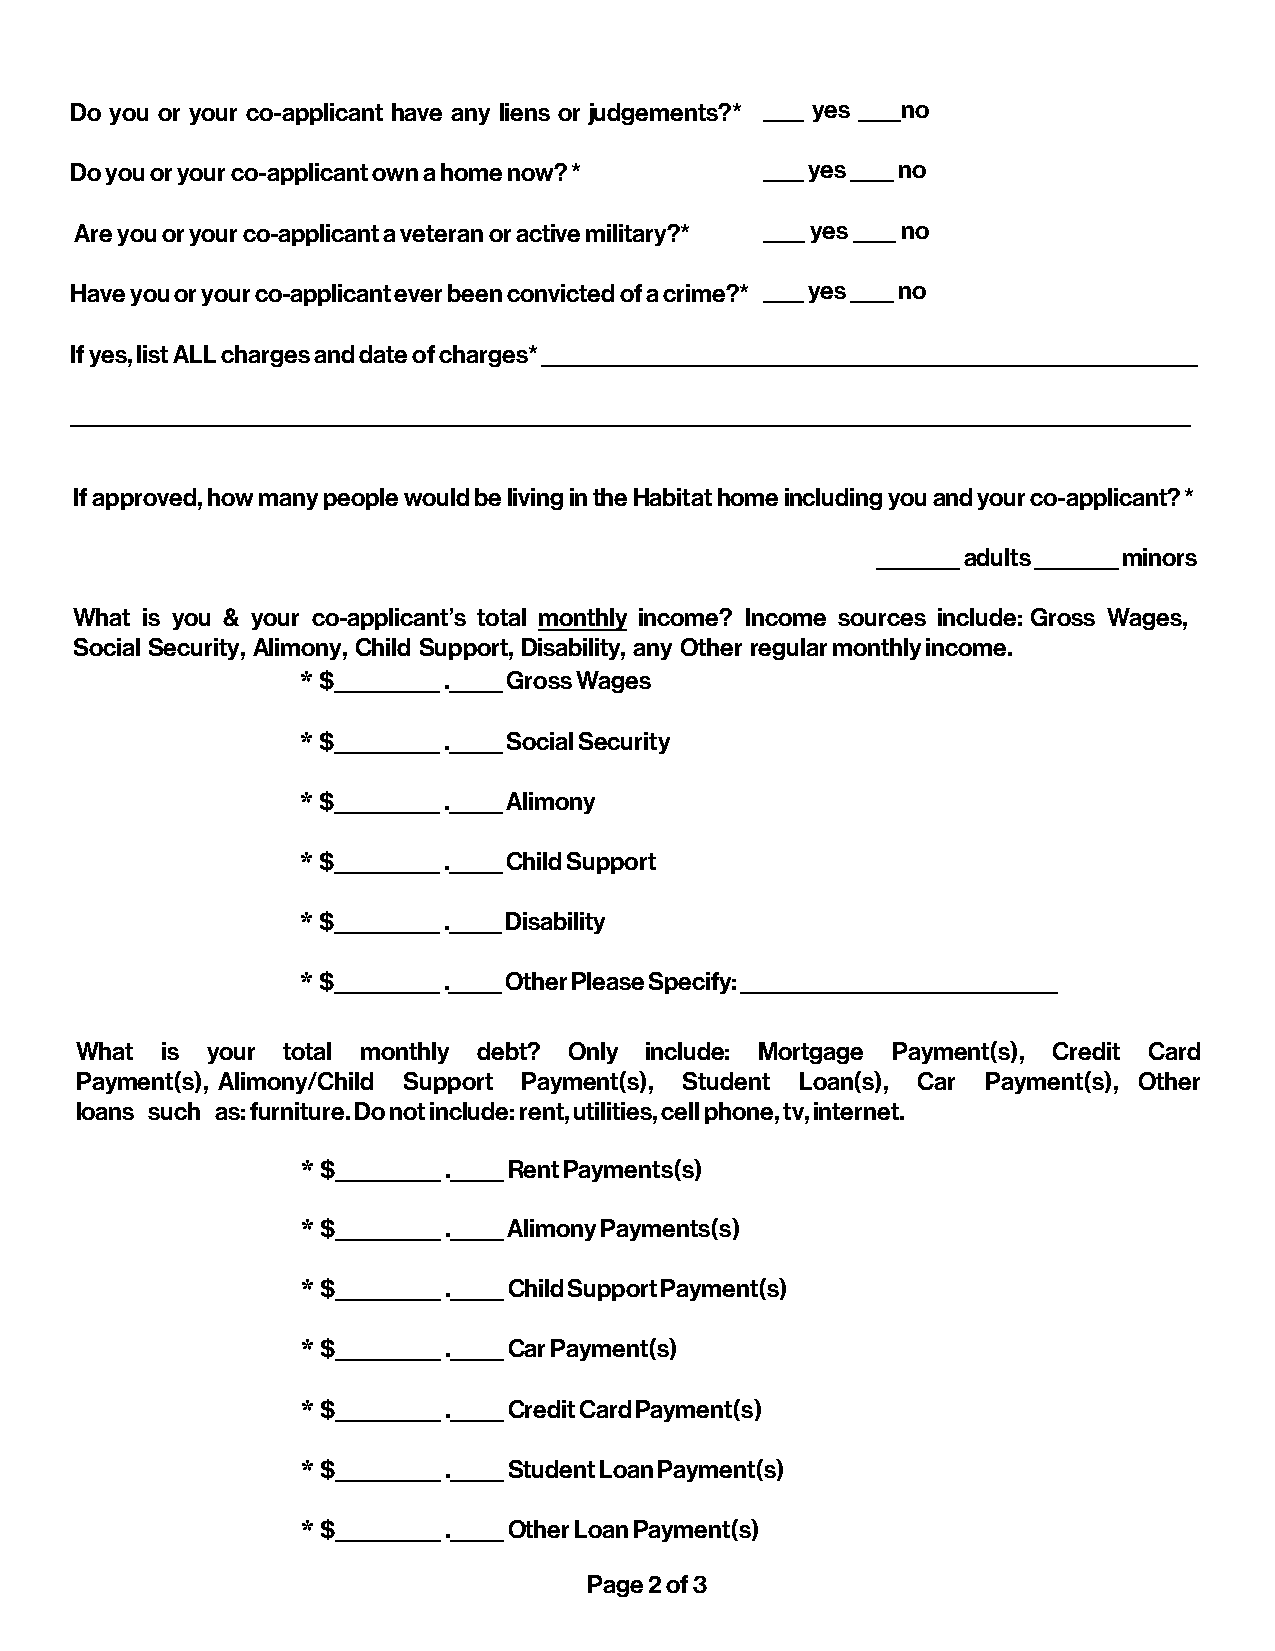
Do you or your co-applicant have any liens or judgements?* ____ yes ____no
 Do you or your co-applicant own a home now? * ____ yes ____ no
 Are you or your co-applicant a veteran or active military?* ____ yes ____ no
 Have you or your co-applicant ever been convicted of a crime?* ____ yes ____ no
 If yes, list ALL charges and date of charges* ______________________________________________________________
 __________________________________________________________________________________________________________
 If approved, how many people would be living in the Habitat home including you and your co-applicant? *
 ________ adults ________ minors
 What is you & your co-applicant’s total monthly income? Income sources include: Gross Wages,
 Social Security, Alimony, Child Support, Disability, any Other regular monthly income.
 * $__________ ._____ Gross Wages
 * $__________ ._____ Social Security
 * $__________ ._____ Alimony
 * $__________ ._____ Child Support
 * $__________ ._____ Disability
 * $__________ ._____ Other Please Specify: ______________________________
 What  is your total monthly debt? Only include: Mortgage Payment(s), Credit Card
 Payment(s), Alimony/Child Support Payment(s), Student Loan(s), Car Payment(s), Other
 loans such as: furniture. Do not include: rent, utilities, cell phone, tv, internet.
 * $__________ ._____ Rent Payments(s)
 * $__________ ._____ Alimony Payments(s)
 * $__________ ._____ Child Support Payment(s)
 * $__________ ._____ Car Payment(s)
 * $__________ ._____ Credit Card Payment(s)
 * $__________ ._____ Student Loan Payment(s)
 * $__________ ._____ Other Loan Payment(s)
 Page 2 of 3